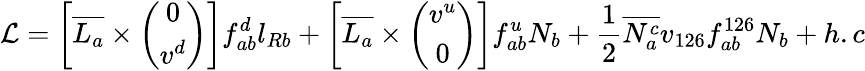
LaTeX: {\cal L}=\left[\overline{{{L_{a}}}}\times\left(\begin{array}{c}{{0}}\\ {{v^{d}}}\end{array}\right)\right]f_{ab}^{d}l_{Rb}+\left[\overline{{{L_{a}}}}\times\left(\begin{array}{c}{{v^{u}}}\\ {{0}}\end{array}\right)\right]f_{ab}^{u}N_{b}+\frac{1}{2}\overline{{{N_{a}^{c}}}}v_{126}f_{ab}^{126}N_{b}+h.c